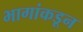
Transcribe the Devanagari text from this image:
भागांकडून